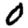
Digit: 0